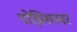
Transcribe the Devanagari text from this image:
पोझिशनवर